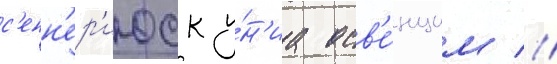
с'енн'ер'июск у́н'иа осв'е́нцим //